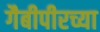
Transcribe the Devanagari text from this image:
गैबीपीरच्या